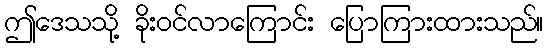
ဤဒေသသို့ ခိုးဝင်လာကြောင်း ပြောကြားထားသည်။